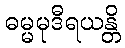
ဓမ္မမုဒီရယန္တိ